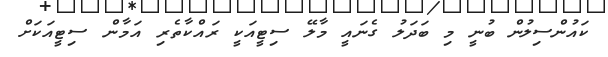
ކައުންސިލުން ބުނީ މި ބަދަލު ގެނައީ މާލޭ ސިޓީއަކީ ރައްކާތެރި އަމާން ސިޓީއަކަށް